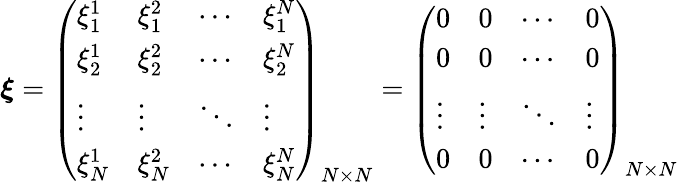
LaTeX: \boldsymbol{\xi}=\left(\begin{array}{llll}{\xi_{1}^{1}}&{\xi_{1}^{2}}&{\cdots}&{\xi_{1}^{N}}\\ {\xi_{2}^{1}}&{\xi_{2}^{2}}&{\cdots}&{\xi_{2}^{N}}\\ {\vdots}&{\vdots}&{\ddots}&{\vdots}\\ {\xi_{N}^{1}}&{\xi_{N}^{2}}&{\cdots}&{\xi_{N}^{N}}\end{array}\right)_{N\times N}=\left(\begin{array}{llll}{0}&{0}&{\cdots}&{0}\\ {0}&{0}&{\cdots}&{0}\\ {\vdots}&{\vdots}&{\ddots}&{\vdots}\\ {0}&{0}&{\cdots}&{0}\end{array}\right)_{N\times N}